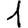
Digit: 1